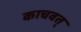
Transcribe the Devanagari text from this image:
काचवत्